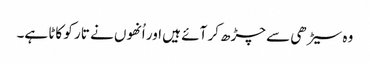
وہ سیڑھی سے چڑھ کر آئے ہیں اور اُنھوں نے تار کو کاٹا ہے۔